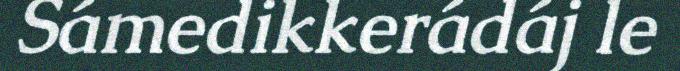
Sámedikkerádáj le